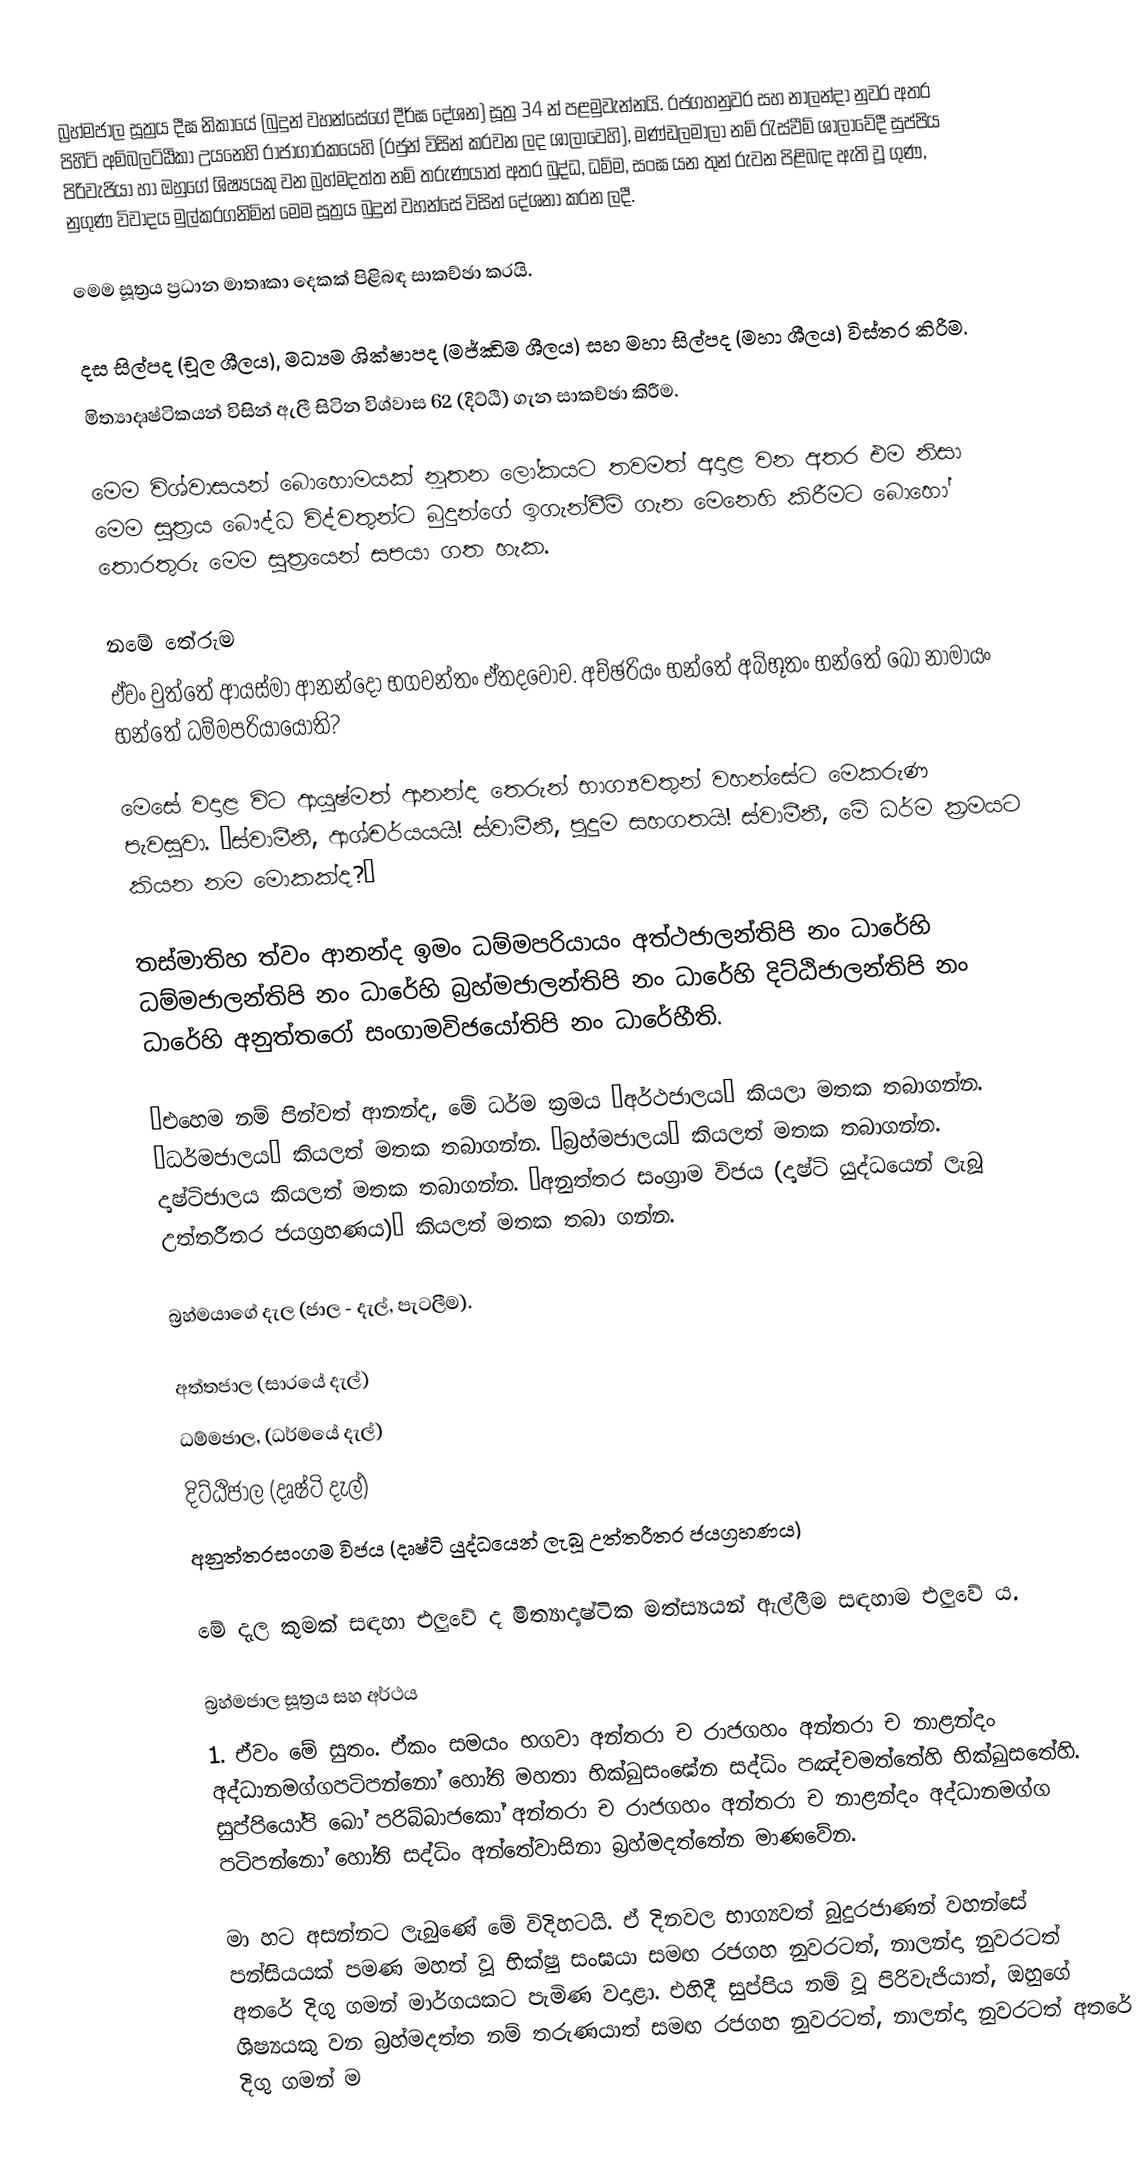
බ්‍රහ්මජාල සූත්‍රය දීඝ නිකායේ (බුදුන් වහන්සේගේ දීර්ඝ දේශන) සූත්‍ර 34 න් පළමුවැන්නයි. රජගහනුවර සහ නාලන්දා නුවර අතර පිහිටි අම්බලට්ඨිකා උයනෙහි රාජාගාරකයෙහි (රජුන් විසින් කරවන ලද ශාලාවෙහි), මණ්‌ඩලමාලා නම් රැස්‌වීම් ශාලාවේදී සුප්පිය පිරිවැජියා හා ඔහුගේ ශිෂ්‍යයකු වන බ්‍රහ්මදත්ත නම් තරුණයාත්  අතර බුද්ධ, ධම්ම, සංඝ යන තුන් රුවන පිළිබඳ ඇති වූ ගුණ, නුගුණ විවාදය මුල්කරගනිමින් මෙම සූත්‍රය බුදුන් වහන්සේ විසින් දේශනා කරන ලදී.

මෙම සූත්‍රය ප්‍රධාන මාතෘකා දෙකක් පිළිබඳ සාකච්ඡා කරයි.

 දස සිල්පද (චූල ශීලය), මධ්‍යම ශික්ෂාපද (මජ්ඣිම ශීලය) සහ මහා සිල්පද (මහා ශීලය) විස්තර කිරීම.
 මිත්‍යාදෘෂ්ටිකයන් විසින් ඇලී සිටින විශ්වාස 62 (දිට්ඨි) ගැන සාකච්ඡා කිරීම.

මෙම විශ්වාසයන් බොහොමයක් නූතන ලෝකයට තවමත් අදාළ වන අතර එම නිසා මෙම සූත්‍රය බෞද්ධ විද්වතුන්ට බුදුන්ගේ ඉගැන්වීම් ගැන මෙනෙහි කිරීමට බොහෝ තොරතුරු මෙම සූත්‍රයෙන් සපයා ගත හැක.

නමේ තේරුම
ඒවං වුත්‌තේ ආයස්‌මා ආනන්‌දෝ භගවන්‌තං ඒතදවෝච. අච්‌ඡරියං භන්තේ අබ්භූතං භන්තේ ඛෝ නාමායං භන්තේ ධම්‌මපරියායෝති?

මෙසේ වදාළ විට ආයුෂ්මත් ආනන්ද තෙරුන් භාග්‍යවතුන් වහන්සේට මෙකරුණ පැවසුවා. “ස්වාමීනී, ආශ්චර්යයයි! ස්වාමීනී, පුදුම සහගතයි! ස්වාමීනී, මේ ධර්ම ක්‍රමයට කියන නම මොකක්ද?”

තස්‌මාතිහ ත්‌වං ආනන්‌ද ඉමං ධම්‌මපරියායං අත්‌ථජාලන්‌තිපි නං ධාරේහි ධම්‌මජාලන්‌තිපි නං ධාරේහි බ්‍රහ්‌මජාලන්‌තිපි නං ධාරේහි දිට්‌ඨිජාලන්‌තිපි නං ධාරේහි අනුත්‌තරෝ සංගාමවිජයෝතිපි නං ධාරේහීති.

“එහෙම නම් පින්වත් ආනන්ද, මේ ධර්ම ක්‍රමය ‘අර්ථජාලය’ කියලා මතක තබාගන්න. ‘ධර්මජාලය’ කියලත් මතක තබාගන්න. ‘බ්‍රහ්මජාලය’ කියලත් මතක තබාගන්න. දෘෂ්ටිජාලය කියලත් මතක තබාගන්න. ‘අනුත්තර සංග්‍රාම විජය (දෘෂ්ටි යුද්ධයෙන් ලැබූ උත්තරීතර ජයග්‍රහණය)’ කියලත් මතක තබා ගන්න.

 බ්‍රහ්මයාගේ දැල (ජාල - දැල්, පැටලීම).

 අත්තජාල (සාරයේ දැල්)
 ධම්මජාල, (ධර්මයේ දැල්)
 දිට්ඨිජාල (දෘෂ්ටි දැල්)
 අනුත්තරසංගම විජය (දෘෂ්ටි යුද්ධයෙන් ලැබූ උත්තරීතර ජයග්‍රහණය)

මේ දැල කුමක් සඳහා එලුවේ ද මිත්‍යාදෘෂ්ටික මත්ස්‍යයන් ඇල්ලීම සඳහාම එලුවේ ය.

බ්‍රහ්මජාල සූත්‍රය සහ අර්ථය
1. ඒවං මේ සුතං. ඒකං සමයං භගවා අන්‌තරා ච රාජගහං අන්‌තරා ච නාළන්‌දං අද්‌ධානමග්‌ගපටිපන්‌නෝ හෝති මහතා භික්‌ඛුසංඝේන සද්‌ධිං පඤ්‌චමත්‌තේහි භික්‌ඛුසතේහි. සුප්‌පියෝපි ඛෝ පරිබ්‌බාජකෝ අන්‌තරා ච රාජගහං අන්‌තරා ච නාළන්‌දං අද්‌ධානමග්‌ග පටිපන්‌නෝ හෝති සද්‌ධිං අන්‌තේවාසිනා බ්‍රහ්‌මදත්‌තේන මාණවේන.

මා හට අසන්නට ලැබුණේ මේ විදිහටයි. ඒ දිනවල භාග්‍යවත් බුදුරජාණන් වහන්සේ පන්සියයක් පමණ මහත් වූ භික්ෂු සංඝයා සමඟ රජගහ නුවරටත්, නාලන්දා නුවරටත් අතරේ දිගු ගමන් මාර්ගයකට පැමිණ වදාළා. එහිදී සුප්පිය නම් වූ පිරිවැජියාත්, ඔහුගේ ශිෂ්‍යයකු වන බ්‍රහ්මදත්ත නම් තරුණයාත් සමඟ රජගහ නුවරටත්, නාලන්දා නුවරටත් අතරේ දිගු ගමන් ම